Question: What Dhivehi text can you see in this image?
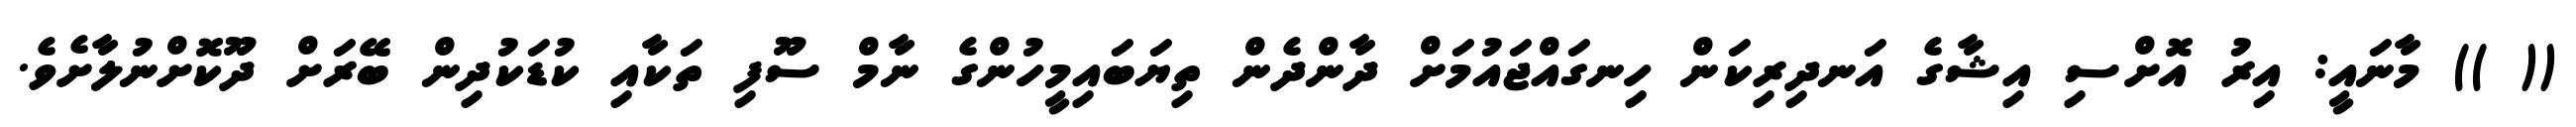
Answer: (( )) މާނައީ: އިރު އޮށްސި އިޝާގެ އަނދިރިކަން ހިނގައްޖައުމަށް ދާންދެން ތިޔަބައިމީހުންގެ ނާމް ސޫފި ތަކާއި ކުޑަކުދިން ބޭރަށް ދޫކޮށްނުލާށެވެ.